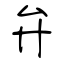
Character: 弁